Annual report on the working of the mental hospitals in the Madras Presidency - 1912-1932
Year: 1912
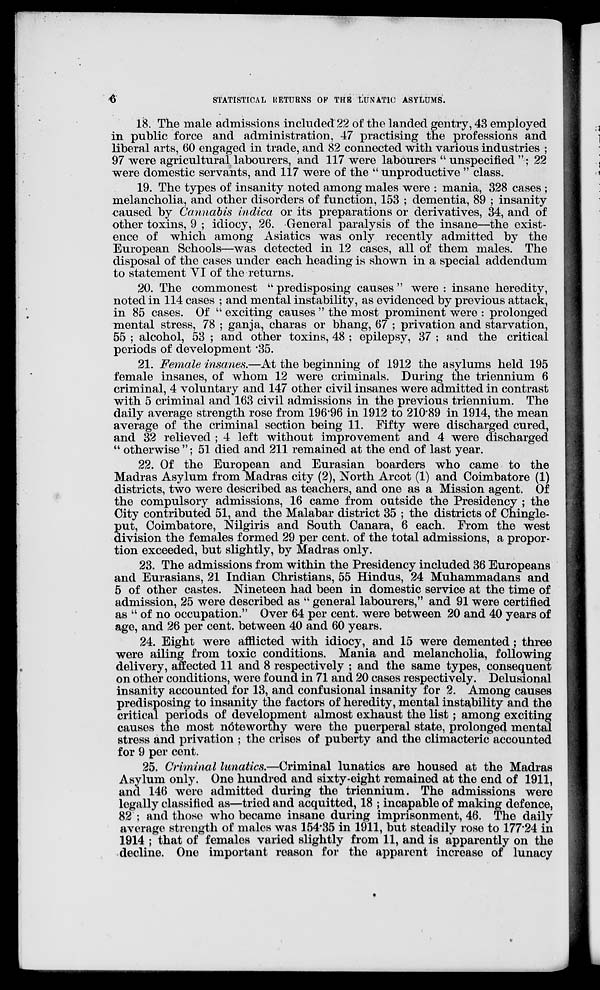
6
STATISTICAL RETURNS OF THE LUNATIC ASYLUMS.
18. The male admissions included 22 of the landed gentry, 43 employed
in public force and administration, 47 practising the professions and
liberal arts, 60 engaged in trade, and 82 connected with various industries ;
97 were agricultural labourers, and 117 were labourers " unspecified "; 22
were domestic servants, and 117 were of the " unproductive " class.
19. The types of insanity noted among males were : mania, 328 cases ;
melancholia, and other disorders of function, 153 ; dementia, 89 ; insanity
caused by Cannabis indica or its preparations or derivatives, 34, and of
other toxins, 9 ; idiocy, 26. General paralysis of the insane—the exist-
ence of which among Asiatics was only recently admitted by the
European Schools—was detected in 12 cases, all of them males. The
disposal of the cases under each heading is shown in a special addendum
to statement VI of the returns.
20. The commonest " predisposing causes " were : insane heredity,
noted in 114 cases ; and mental instability, as evidenced by previous attack,
in 85 cases. Of " exciting causes " the most prominent were : prolonged
mental stress, 78 ; ganja, charas or bhang, 67 ; privation and starvation,
55 ; alcohol, 53 ; and other toxins, 48 ; epilepsy, 37 ; and the critical
periods of development .35.
21. Female insanes.—At the beginning of 1912 the asylums held 195
female insanes, of whom 12 were criminals. During the triennium 6
criminal, 4 voluntary and 147 other civil insanes were admitted in contrast
with 5 criminal and 163 civil admissions in the previous triennium. The
daily average strength rose from 196.96 in 1912 to 210.89 in 1914, the mean
average of the criminal section being 11. Fifty were discharged cured,
and 32 relieved ; 4 left without improvement and 4 were discharged
" otherwise "; 51 died and 211 remained at the end of last year.
22. Of the European and Eurasian boarders who came to the
Madras Asylum from Madras city (2), North Arcot (1) and Coimbatore (1)
districts, two were described as teachers, and one as a Mission agent. Of
the compulsory admissions, 16 came from outside the Presidency ; the
City contributed 51, and the Malabar district 35 ; the districts of Chingle-
put, Coimbatore, Nilgiris and South Canara, 6 each. From the west
division the females formed 29 per cent. of the total admissions, a propor-
tion exceeded, but slightly, by Madras only.
23. The admissions from within the Presidency included 36 Europeans
and Eurasians, 21 Indian Christians, 55 Hindus, 24 Muhammadans and
5 of other castes. Nineteen had been in domestic service at the time of
admission, 25 were described as " general labourers," and 91 were certified
as " of no occupation." Over 64 per cent. were between 20 and 40 years of
age, and 26 per cent. between 40 and 60 years.
24. Eight were afflicted with idiocy, and 15 were demented; three
were ailing from toxic conditions. Mania and melancholia, following
delivery, affected 11 and 8 respectively ; and the same types, consequent
on other conditions, were found in 71 and 20 cases respectively. Delusional
insanity accounted for 13, and confusional insanity for 2. Among causes
predisposing to insanity the factors of heredity, mental instability and the
critical periods of development almost exhaust the list ; among exciting
causes the most nóteworthy were the puerperal state, prolonged mental
stress and privation ; the crises of puberty and the climacteric accounted
for 9 per cent.
25. Criminal lunatics.—Criminal lunatics are housed at the Madras
Asylum only. One hundred and sixty-eight remained at the end of 1911,
and 146 were admitted during the triennium. The admissions were
legally classified as—tried and acquitted, 18 ; incapable of making defence,
82 ; and those who became insane during imprisonment, 46. The daily
average strength of males was 154.35 in 1911, but steadily rose to 177.24 in
1914 ; that of females varied slightly from 11, and is apparently on the
decline. One important reason for the apparent increase of lunacy